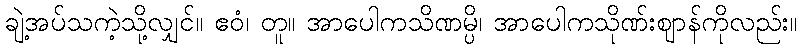
ချဲ့အပ်သကဲ့သို့လျှင်။ ဧဝံ၊ တူ။ အာပေါကသိဏမ္ပိ၊ အာပေါကသိုဏ်းဈာန်ကိုလည်း။